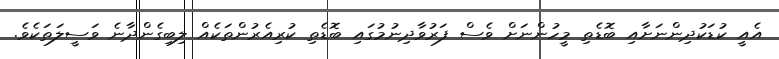
އެއީ ކުޑަކުދިންނަށާއި ބޮޑެތި މީހުންނަށް ވެސް ފަރުވާދިނުމުގައި ބޮޑެތި ކުރިއެރުންތަކެއް ލިބިގެންދާނެ ވަސީލަތަކެވެ.